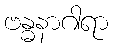
ဗန္ဓနာဂါရာ